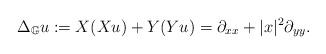
LaTeX: \begin{align*}\Delta_{\mathbb G} u:= X(X u) + Y(Yu) = \partial_{xx} + |x|^2 \partial_{yy}. \end{align*}